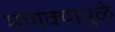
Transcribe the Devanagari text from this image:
मणक्यामुळे